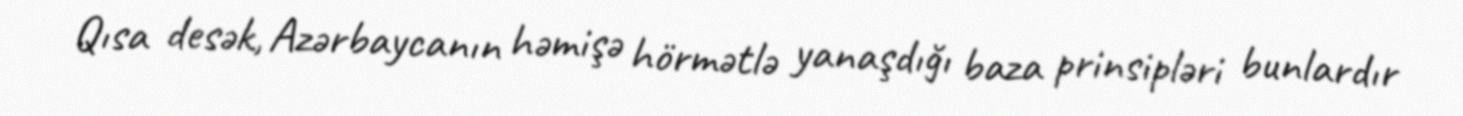
Qısa desək, Azərbaycanın həmişə hörmətlə yanaşdığı baza prinsipləri bunlardır